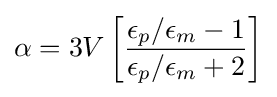
\alpha =3V\left[{\frac {\epsilon _{p}/\epsilon _{m}-1}{\epsilon _{p}/\epsilon _{m}+2}}\right]